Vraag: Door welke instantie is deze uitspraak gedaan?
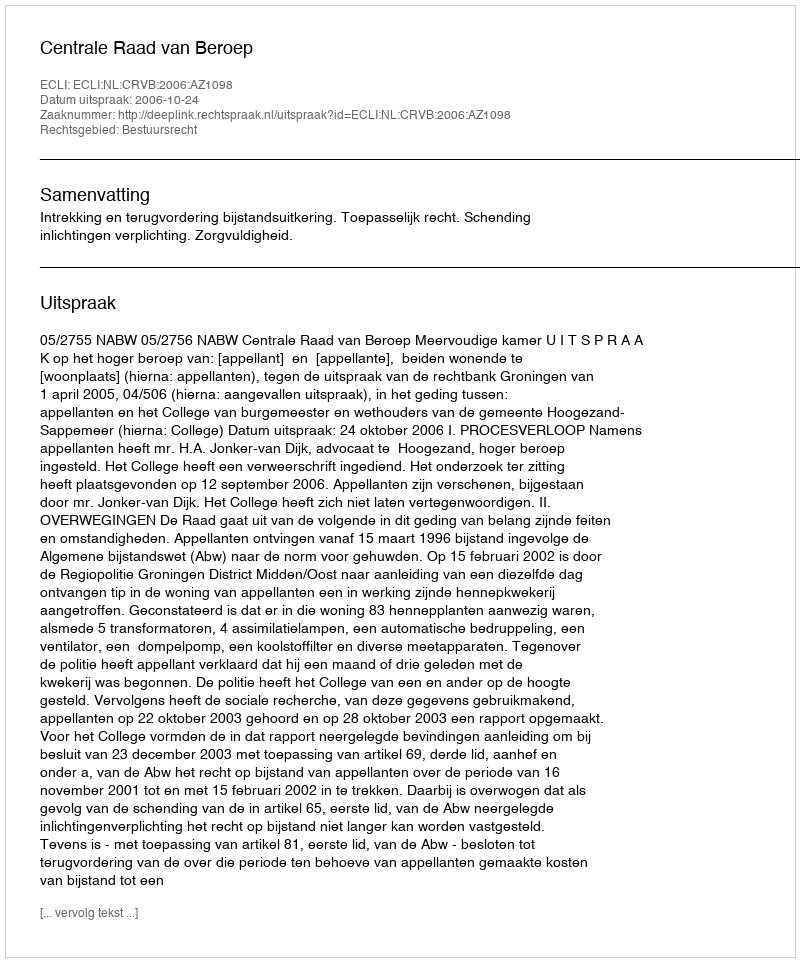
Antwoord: Centrale Raad van Beroep